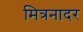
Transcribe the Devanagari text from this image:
मित्रनादर